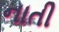
નાતી